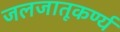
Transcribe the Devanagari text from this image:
जलजातूकर्ण्य